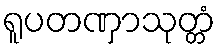
ရူပတဏှာသုတ္တံ